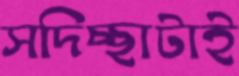
সদিচ্ছাটাই